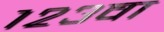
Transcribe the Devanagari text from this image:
१२३वा